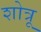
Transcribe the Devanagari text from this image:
शोत्रू